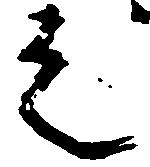
之